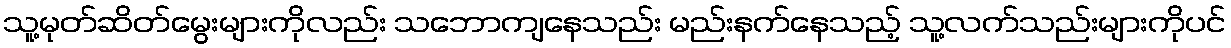
သူ့မုတ်ဆိတ်မွေးများကိုလည်း သဘောကျနေသည်း မည်းနက်နေသည့် သူ့လက်သည်းများကိုပင်